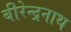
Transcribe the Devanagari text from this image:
बीरेन्द्रनाथ